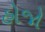
હોજો